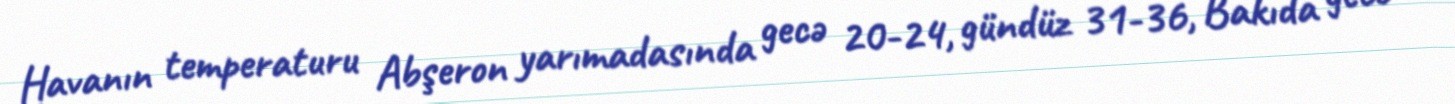
Havanın temperaturu Abşeron yarımadasında gecə 20-24, gündüz 31-36, Bakıda gecə